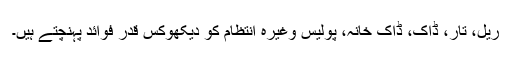
ریل، تار، ڈاک، ڈاک خانہ، پولیس وغیرہ انتظام کو دیکھوکس قدر فوائد پہنچتے ہیں۔